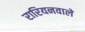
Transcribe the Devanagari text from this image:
रारियनवाले